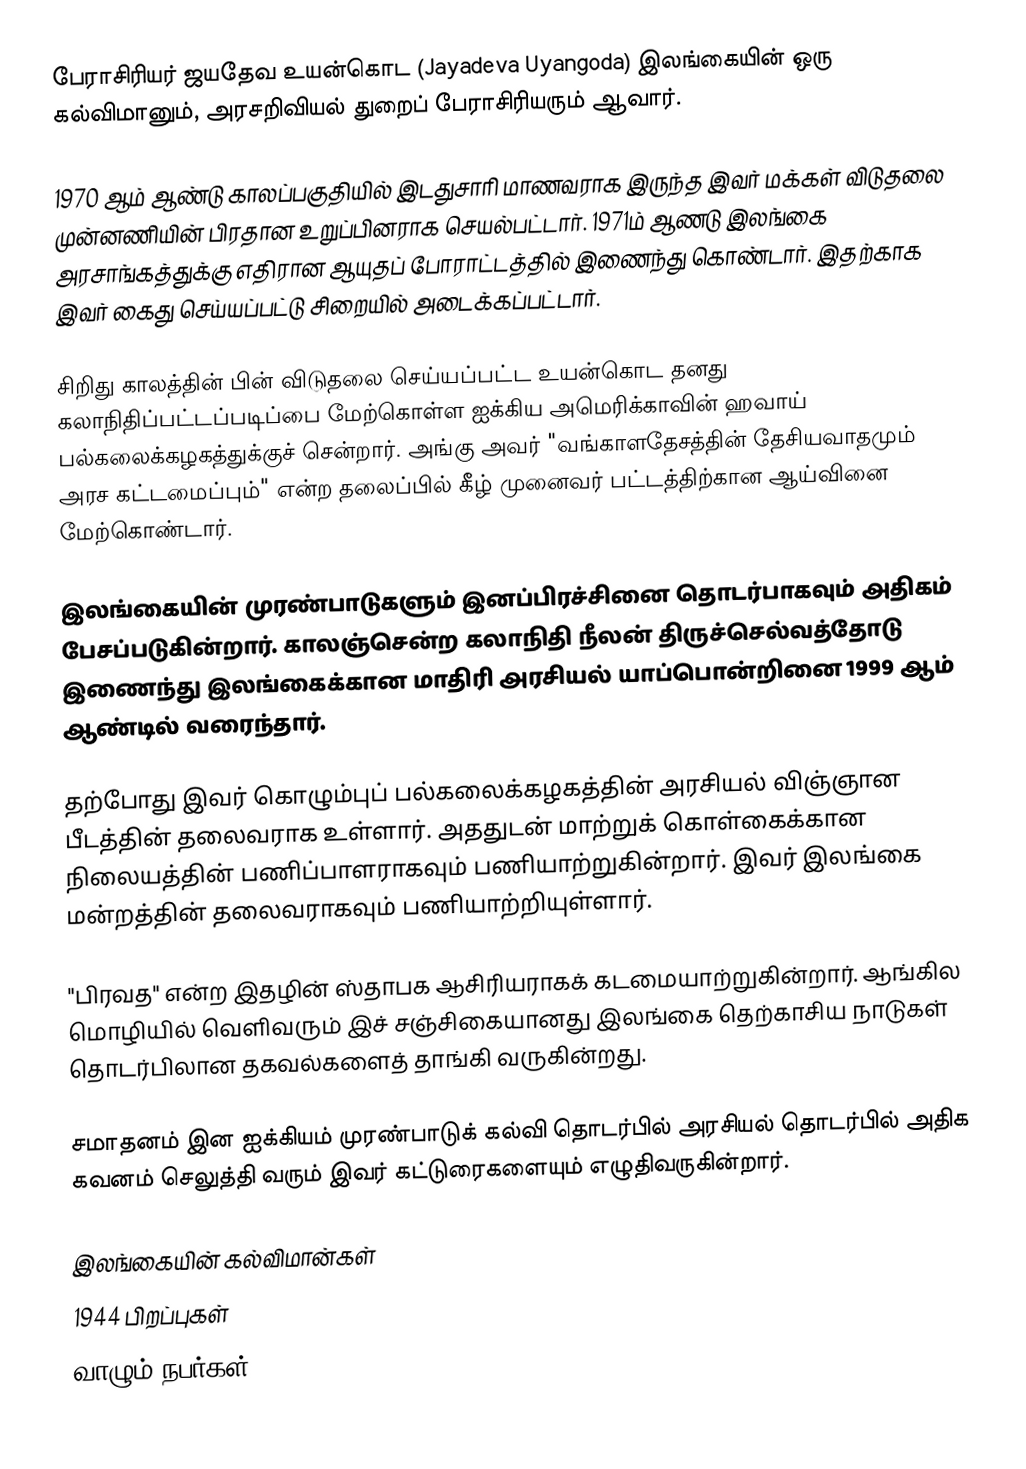
பேராசிரியர் ஜயதேவ உயன்கொட (Jayadeva Uyangoda) இலங்கையின் ஒரு கல்விமானும், அரசறிவியல் துறைப் பேராசிரியரும் ஆவார்.

1970 ஆம்  ஆண்டு காலப்பகுதியில் இடதுசாரி மாணவராக இருந்த இவர் மக்கள் விடுதலை முன்னணியின் பிரதான உறுப்பினராக செயல்பட்டார். 1971ம் ஆணடு இலங்கை அரசாங்கத்துக்கு எதிரான ஆயுதப் போராட்டத்தில் இணைந்து கொண்டார். இதற்காக இவர் கைது செய்யப்பட்டு சிறையில் அடைக்கப்பட்டார்.

சிறிது காலத்தின் பின் விடுதலை செய்யப்பட்ட  உயன்கொட தனது கலாநிதிப்பட்டப்படிப்பை மேற்கொள்ள ஐக்கிய அமெரிக்காவின் ஹவாய் பல்கலைக்கழகத்துக்குச் சென்றார். அங்கு அவர்  "வங்காளதேசத்தின் தேசியவாதமும் அரச கட்டமைப்பும்" என்ற தலைப்பில் கீழ் முனைவர் பட்டத்திற்கான ஆய்வினை மேற்கொண்டார்.

இலங்கையின் முரண்பாடுகளும் இனப்பிரச்சினை தொடர்பாகவும் அதிகம் பேசப்படுகின்றார். காலஞ்சென்ற கலாநிதி நீலன் திருச்செல்வத்தோடு இணைந்து இலங்கைக்கான  மாதிரி அரசியல் யாப்பொன்றினை 1999 ஆம் ஆண்டில் வரைந்தார்.

தற்போது இவர் கொழும்புப் பல்கலைக்கழகத்தின் அரசியல் விஞ்ஞான பீடத்தின் தலைவராக உள்ளார். அததுடன் மாற்றுக் கொள்கைக்கான நிலையத்தின் பணிப்பாளராகவும் பணியாற்றுகின்றார். இவர் இலங்கை மன்றத்தின் தலைவராகவும் பணியாற்றியுள்ளார்.

"பிரவத" என்ற இதழின் ஸ்தாபக ஆசிரியராகக் கடமையாற்றுகின்றார். ஆங்கில மொழியில் வெளிவரும்  இச் சஞ்சிகையானது இலங்கை தெற்காசிய நாடுகள் தொடர்பிலான தகவல்களைத் தாங்கி வருகின்றது.

சமாதனம் இன ஐக்கியம் முரண்பாடுக் கல்வி தொடர்பில் அரசியல் தொடர்பில் அதிக கவனம் செலுத்தி வரும் இவர் கட்டுரைகளையும் எழுதிவருகின்றார்.

இலங்கையின் கல்விமான்கள்
1944 பிறப்புகள்
வாழும் நபர்கள்